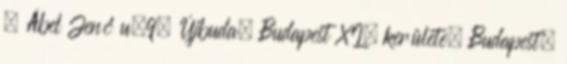
. Ábel Jenő u.9, Újbuda, Budapest XI. kerülete, Budapest,